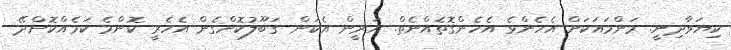
ކިޔަވާދިނީ. މަންމައަކަށް އެހެންވެ އެހެންގޮތެއްނެތް. އަރީން އެކަން ގަބޫލުކޮށްގެން އެހެރީ ކޮންމެ ކަމެއްކޮށްދޭ